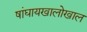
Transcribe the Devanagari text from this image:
षांघायखालोखाल